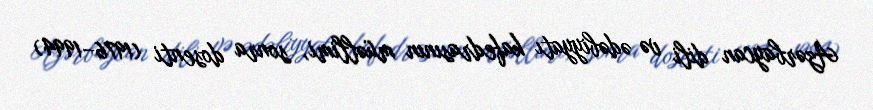
Azərbaycan dili və ədəbiyyatı kafedrasının müəllimi, sonra dosenti (1976–1994)